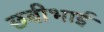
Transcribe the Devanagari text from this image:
छबीभाई